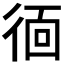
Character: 𭛱